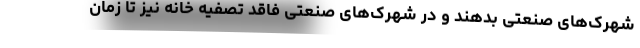
شهرک‌های صنعتی بدهند و در شهرک‌های صنعتی فاقد تصفیه خانه نیز تا زمان